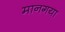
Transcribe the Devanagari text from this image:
मानगया